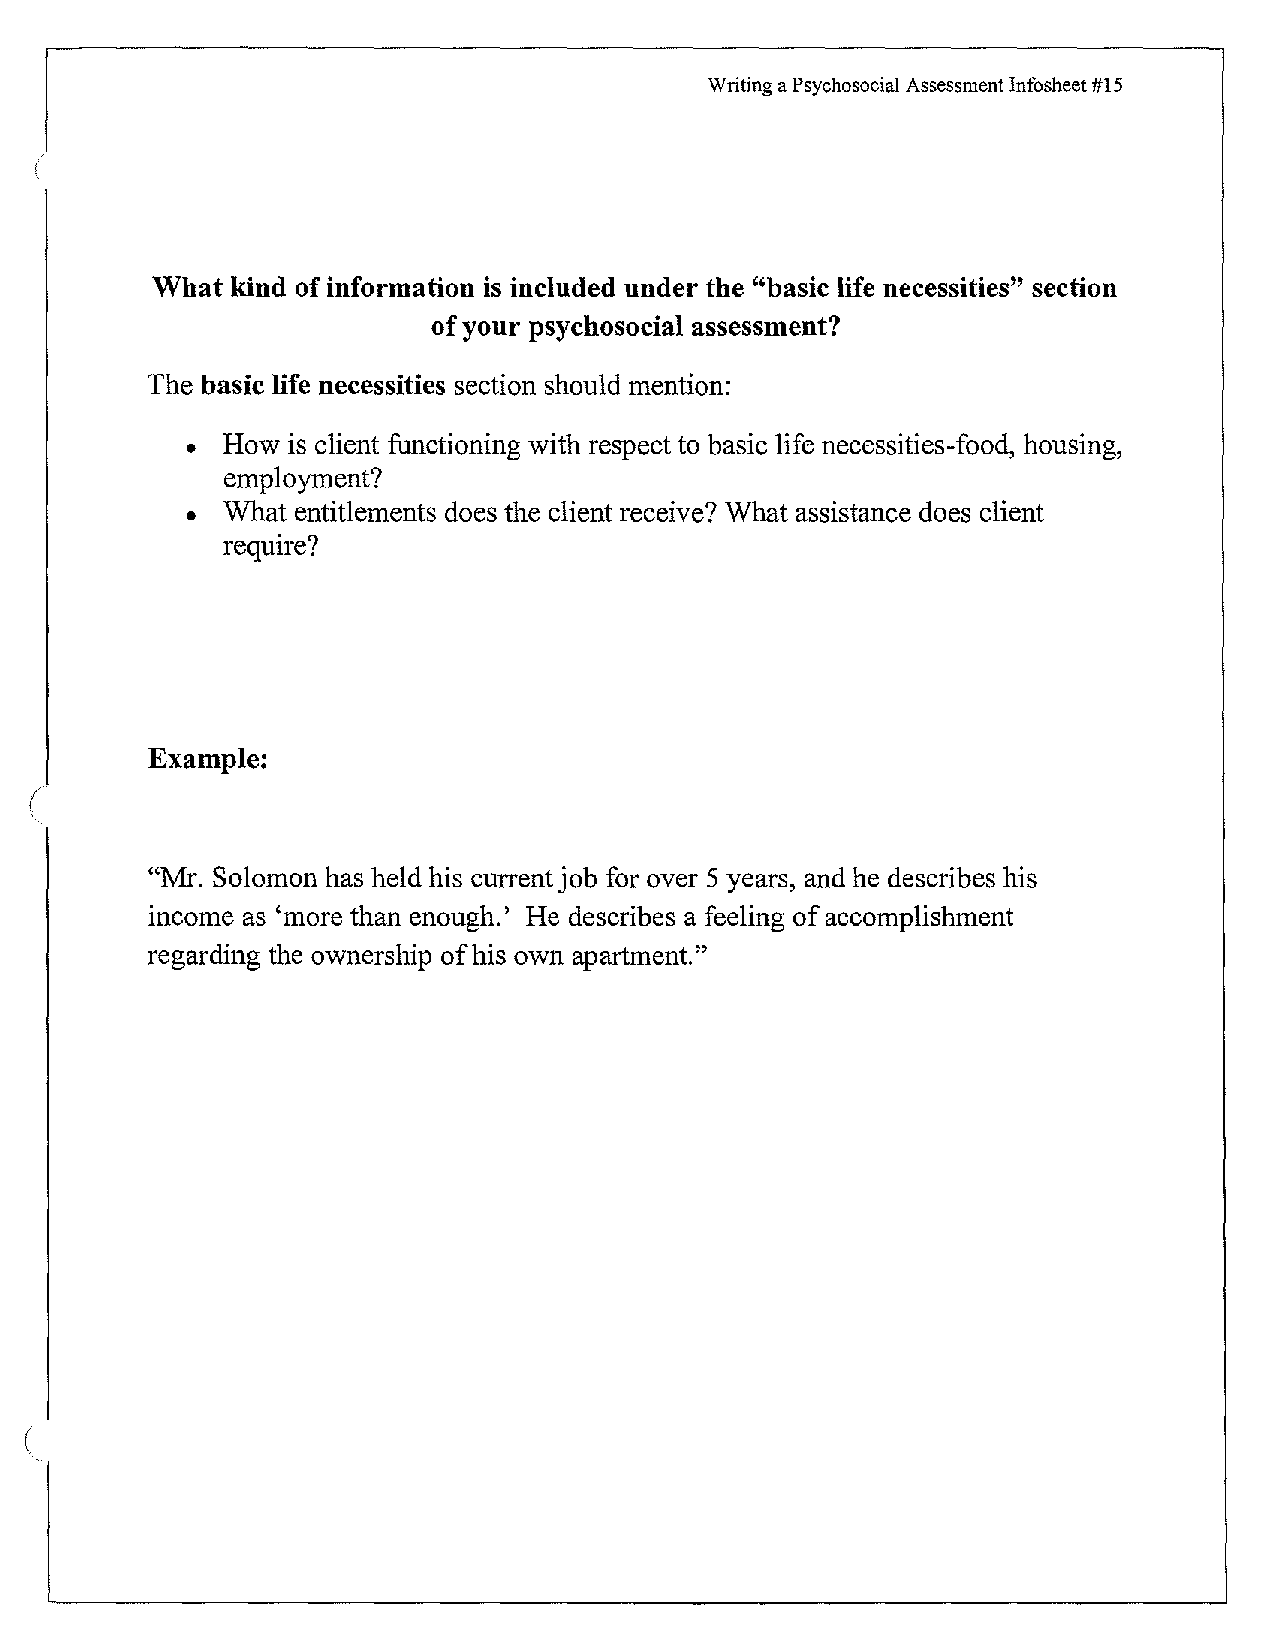
Writing a Psychosocial Assessment Infosheet #15
 What kind of information is included under the "basic life necessities" section
 of your psychosocial assessment?
 The basic life necessities section should mention:
 • How  is client functioning with respect to basic life necessities-food, housing,
 employment?
 • What entitlements does the client receive? What assistance does client
 require?
 Example:
 "Mr. Solomon has held his current job for over 5 years, and he describes his
 income as 'more than enough.' He describes a feeling of accomplishment
 regarding the ownership of his own apartment."